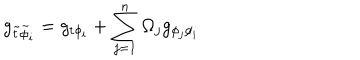
g _ { \tilde { t } \tilde { \phi } _ { i } } = g _ { t \phi _ { i } } + \sum _ { j = 1 } ^ { n } \Omega _ { j } g _ { \phi _ { j } \phi _ { i } }